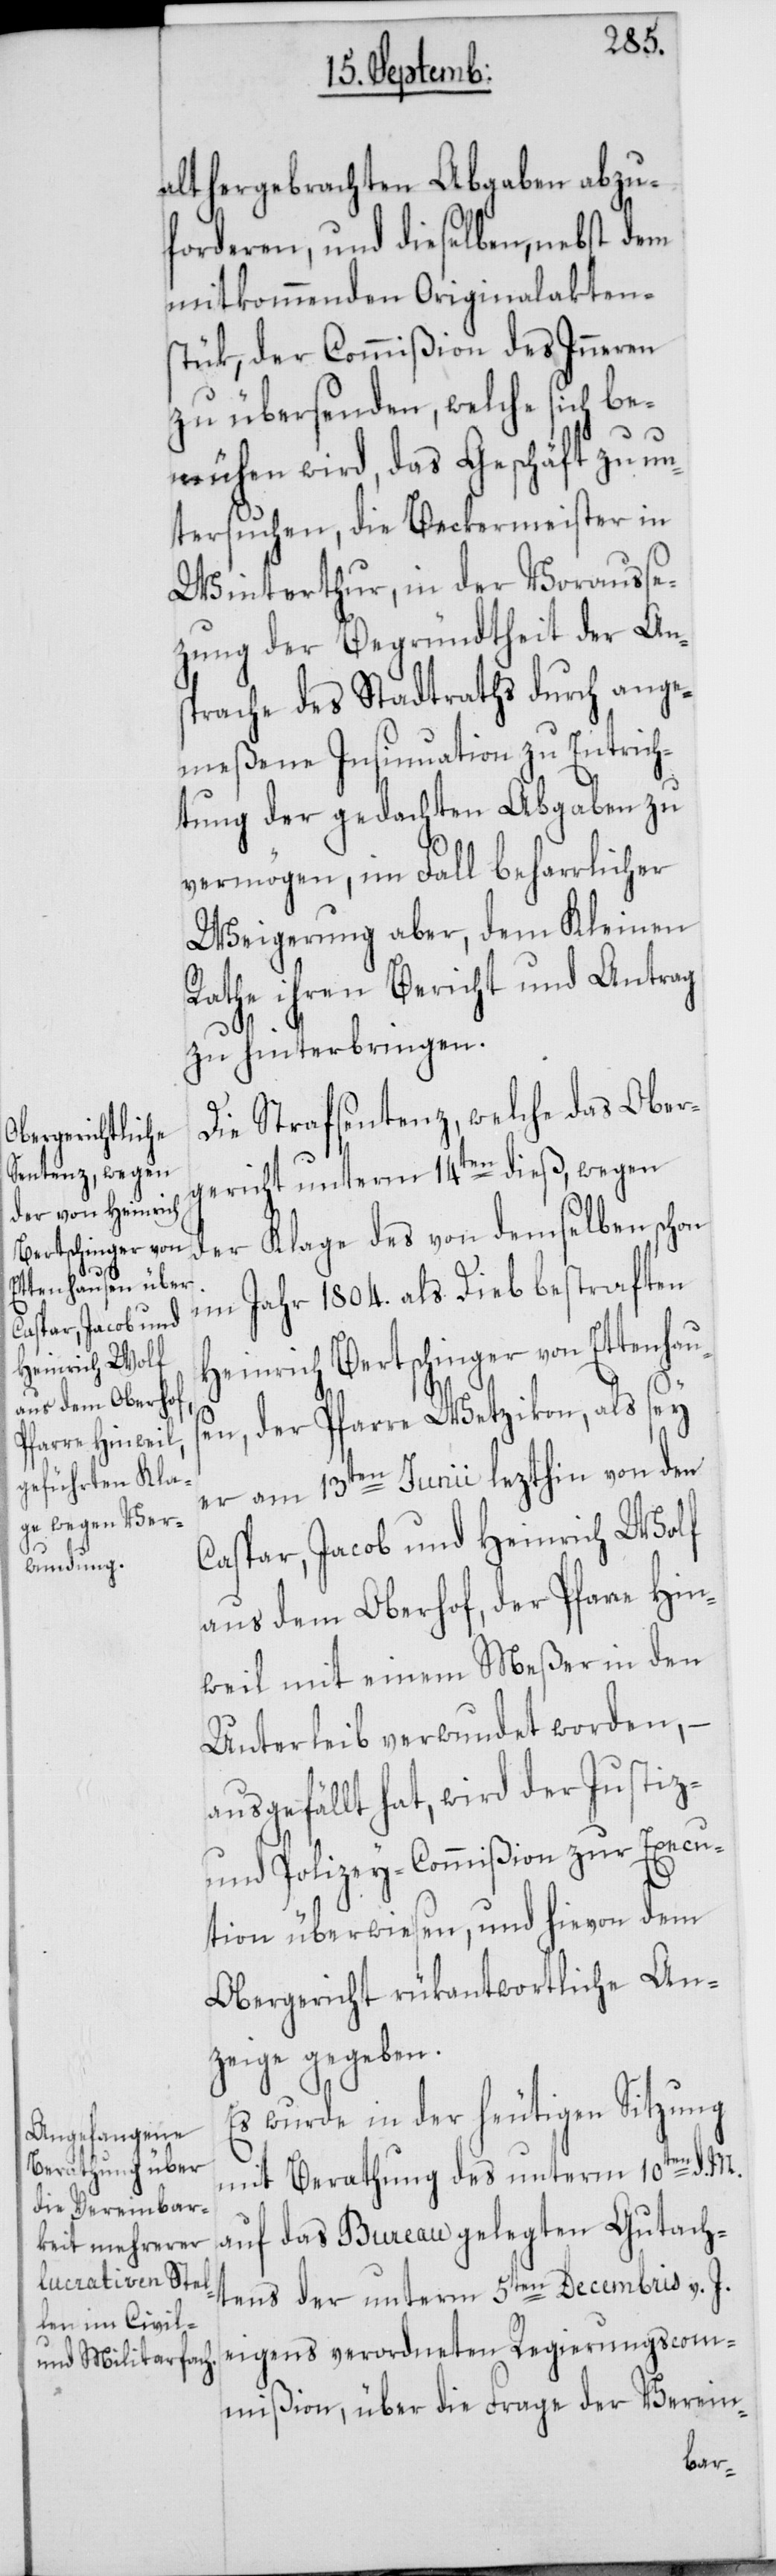
alt hergebrachten Abgaben abzu¬
forderen, und dieselben, nebst dem
mitkommenden Originalakten¬
stük, der Commißion des Inneren
zu übersenden, welche sich be¬
mühen wird, das Geschäft zu un¬
tersuchen, die Beckermeister in
Winterthur, in der Vorausse¬
tzung der Begründtheit der An¬
sprache des Stadtraths durch ange¬
meßene Insinuation zu Entrich¬
tung der gedachten Abgaben zu
vermögen, im Fall beharrlicher
Weigerung aber, dem Kleinen
Rathe ihren Bericht und Antrag
zu hinterbringen.
Die Strafsentenz, welche das Ober¬
gericht unterm 14ten dieß, wegen
der Klage des von demselben schon
im Jahr 1804. als Dieb bestraften
Heinrich Bertschinger von Etten¬
en, der Pfarre Wetzikon, als sey
er am 13ten Junii lezthin von den
Caspar, Jacob und Heinrich Wolf
aus dem Oberhof, der Pfarre Hin¬
weil, mit einem Meßer in den
Unterleib verwundet worden, –
ausgefällt hat, wird der Justiz-
und Polizey-Commißion zur Execu¬
tion überwiesen, und hievon dem
Obergericht rükantwortliche An¬
zeige gegeben.
Es wurde in der heutigen Sitzung
mit Berathung des unterm 10ten d. M.
auf das Bureau gelegten Gutach¬
tens der unterm 5ten Decembris v. J.
eigens verordneten Regierungscom¬
mißion, über die Frage der Verein-
haus¬